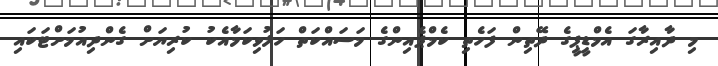
މި ދާއިރާގަ އެމްޑީޕީގެ ދޭތިން ފަހެތި ކެމްޕެއިންގެ މަސައްކަތް ހަލުވިކަމާއެކު ކުރިޔަށް ގެންދިއުމަށްޓަކައި